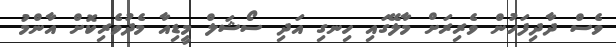
ވެސް ދާދިފަހުން ވެރިރަށް މާލޭގައި ހިނގި އަދި ސޯޝަލް މީޑިއާ މެދުވެރިކޮށް އާންމު